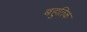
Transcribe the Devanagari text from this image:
बहुतिक